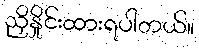
ညှိနှိုင်းထားရပါတယ်။